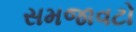
સમજાવટો